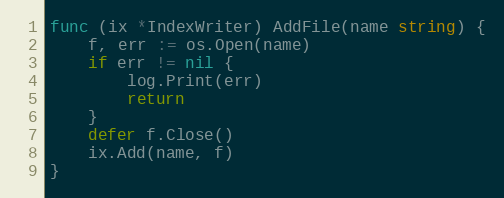
Language: Go
func (ix *IndexWriter) AddFile(name string) {
	f, err := os.Open(name)
	if err != nil {
		log.Print(err)
		return
	}
	defer f.Close()
	ix.Add(name, f)
}